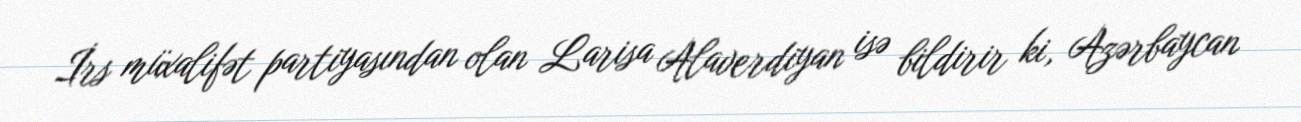
İrs müxalifət partiyasından olan Larisa Alaverdiyan isə bildirir ki, Azərbaycan